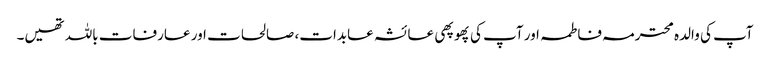
آپ کی والدہ محترمہ فاطمہ اور آپ کی پھوپھی عائشہ عابدات، صالحات اور عارفات باللہ تھیں۔